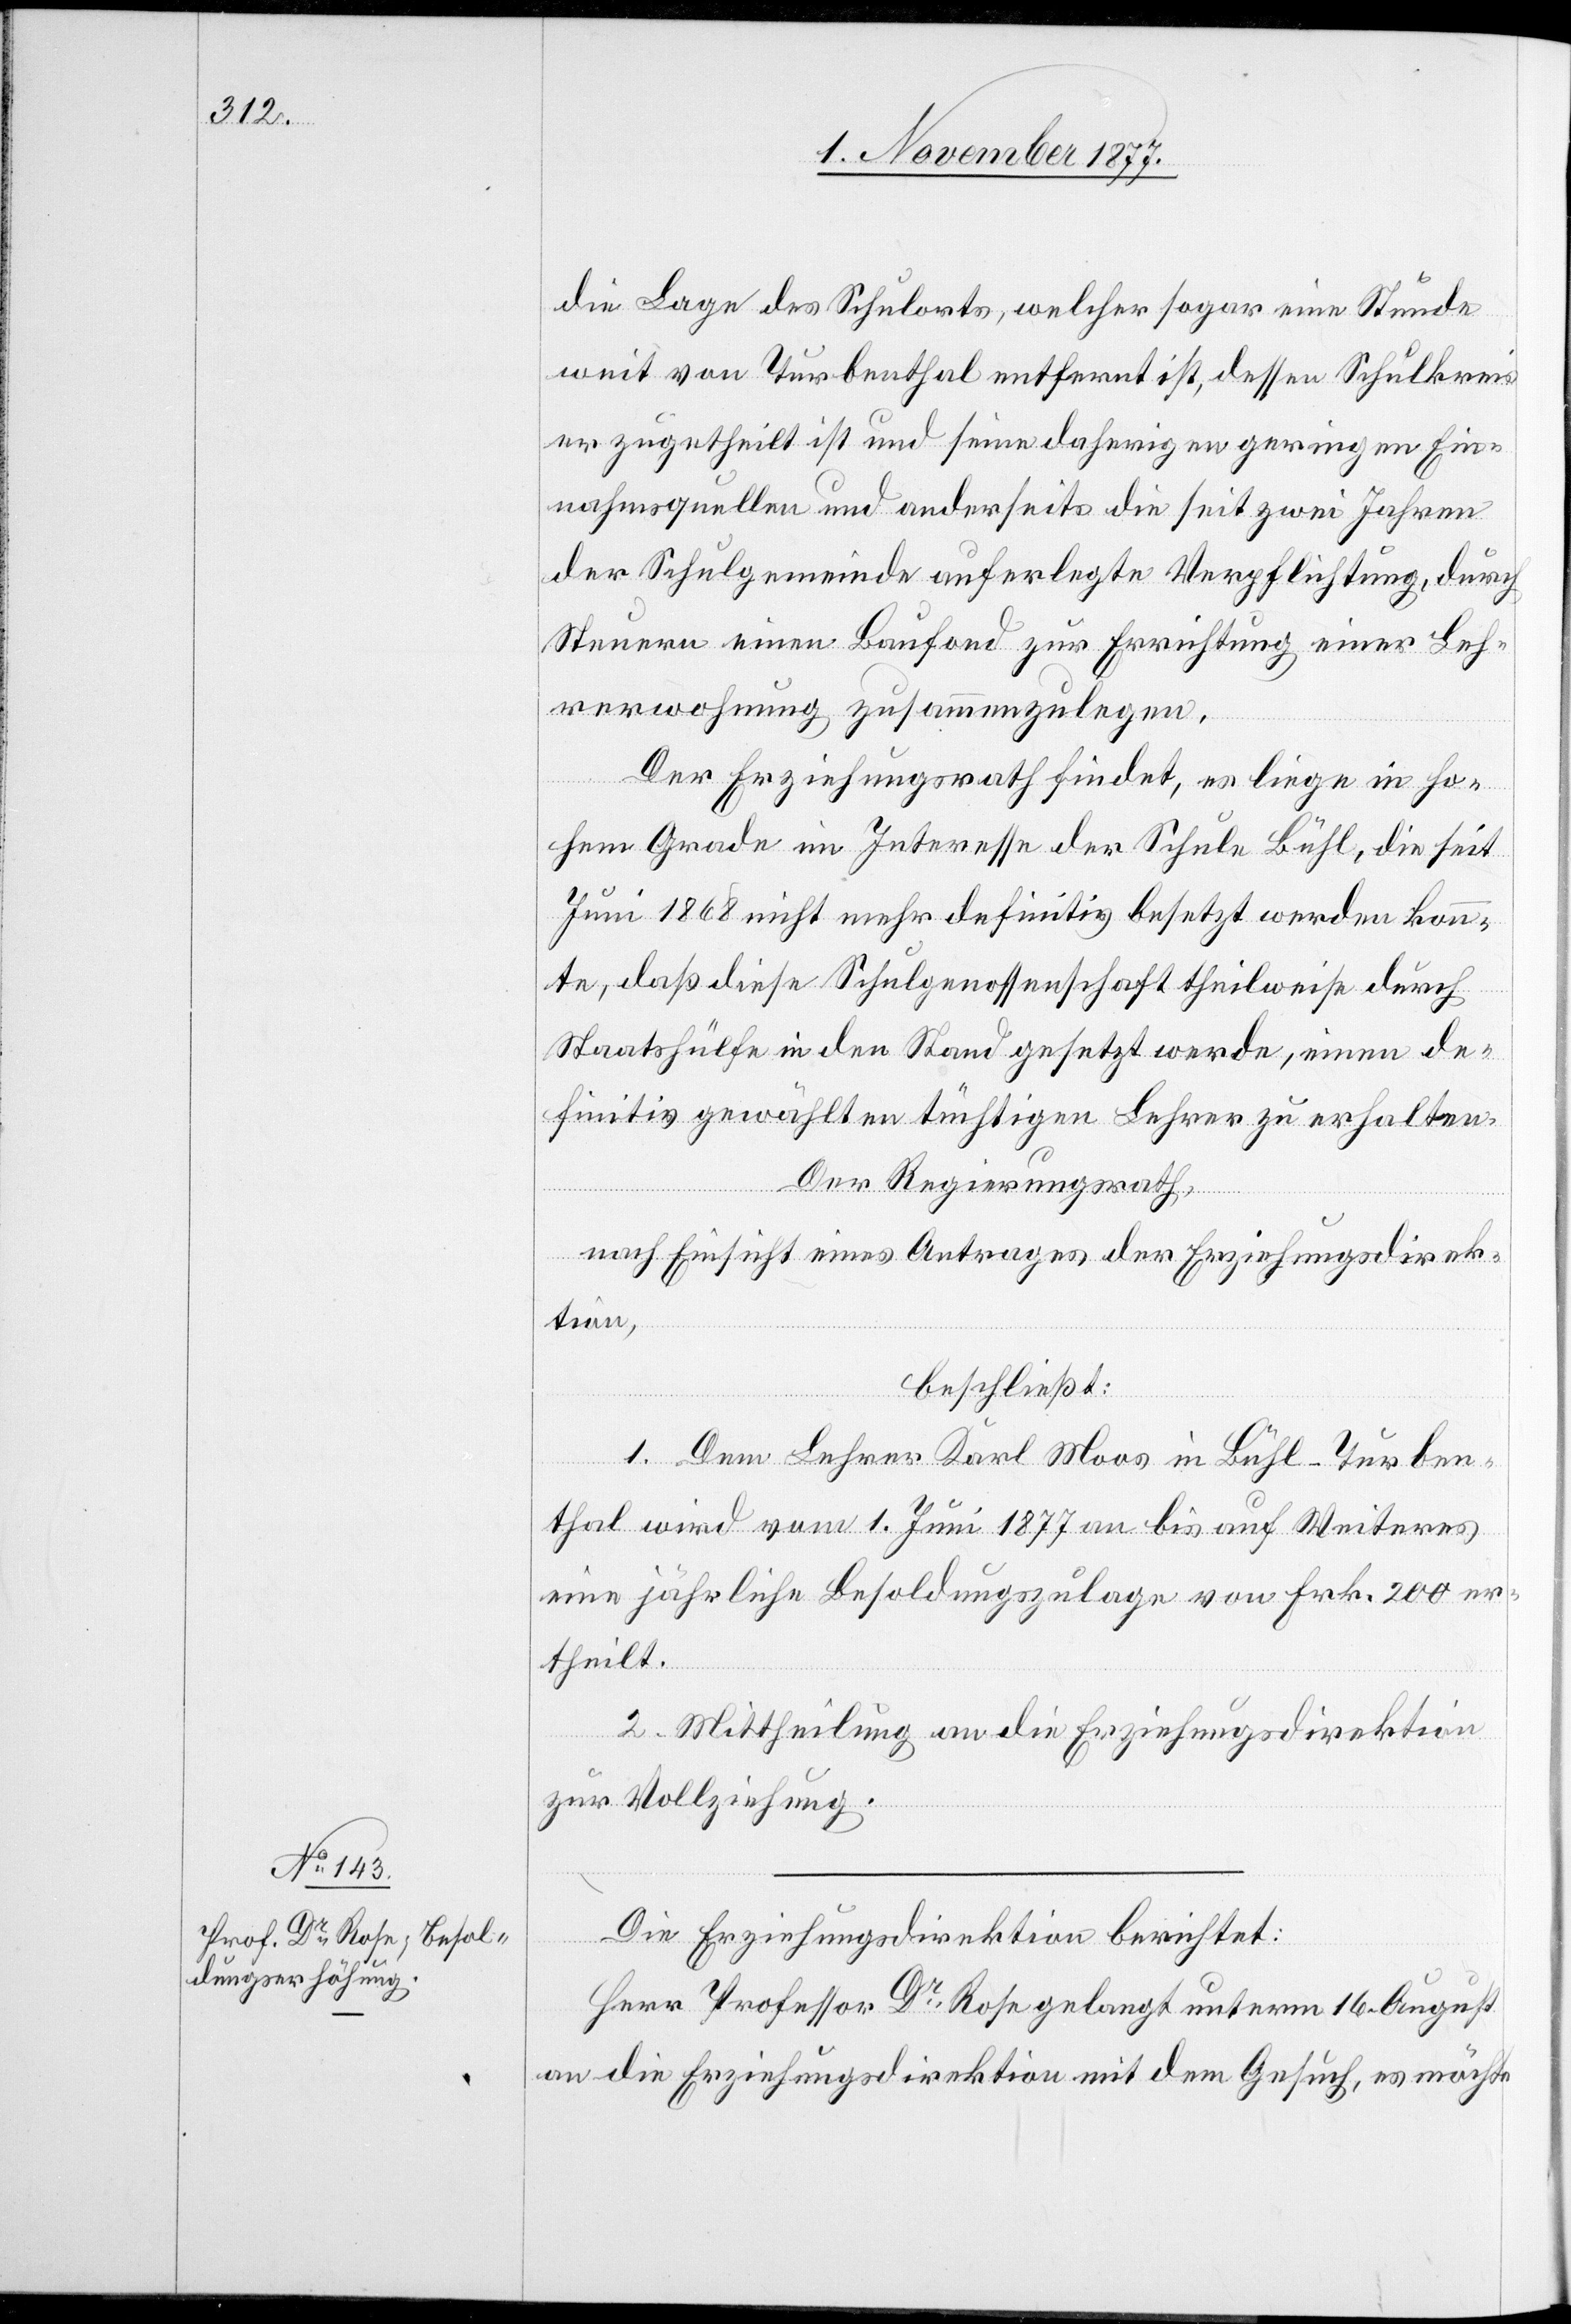
die Lage des Schulorts, welcher sogar eine Stunde
weit von Turbenthal entfernt ist, dessen Schulkreis
er zugetheilt ist und seine daherigen geringen Ein¬
nahmsquellen und anderseits die seit zwei Jahren
der Schulgemeinde auferlegte Verpflichtung, durch
Steuern einen Baufond zur Errichtung einer Leh¬
rerwohnung zusammenzulegen.
Der Erziehungsrath findet, es liege in ho¬
hem Grade im Interesse der Schule Bühl, die seit
Juni 1868 nicht mehr definitiv besetzt werden konn¬
te, daß diese Schulgenossenschaft theilweise durch
Staatshülfe in den Stand gesetzt werde, einen de¬
finitiv gewählten tüchtigen Lehrer zu erhalten.
Der Regierungsrath,
nach Einsicht eines Antrages der Erziehungsdirek¬
tion,
beschließt:
1. Dem Lehrer Karl Moos in Bühl - Turben¬
thal wird vom 1. Juni 1877 an bis auf Weiteres
eine jährliche Besoldungszulage von Frk. 200 er¬
theilt.
2. Mittheilung an die Erziehungsdirektion
zur Vollziehung.
Die Erziehungsdirektion berichtet:
Herr Professor Dr Rose gelangt unterm 16. August
an die Erziehungsdirektion mit dem Gesuch, es möchte